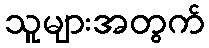
သူများအတွက်